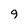
Character: 9